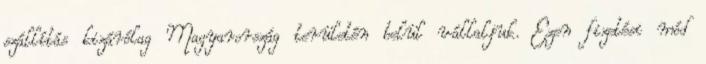
szállítás kizárólag Magyarország területén belül vállaljuk. Ezen fizetési mód